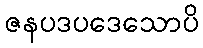
ဇနပဒပဒေသောပိ